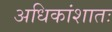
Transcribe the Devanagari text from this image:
अधिकांशातः